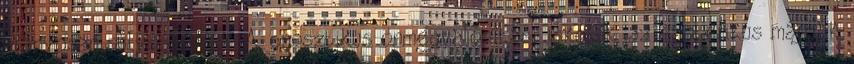
arányosan súlyosbodnak. A gnosztikus önmegvalósítási iskolák, az ezoterikus márgák